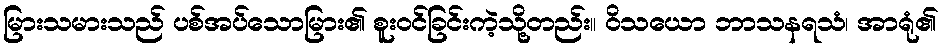
မြားသမားသည် ပစ်အပ်သောမြား၏ စူးဝင်ခြင်းကဲ့သို့တည်း။ ဝိသယော ဘာသနရသံ၊ အာရုံ၏